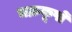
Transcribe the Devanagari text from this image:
चक्रकूपों